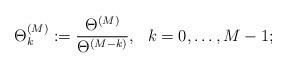
LaTeX: \begin{align*}\Theta^{(M)}_{k}:= \frac{\Theta^{(M)}}{\Theta^{(M-k)}},\ \ k=0,\ldots,M-1;\end{align*}